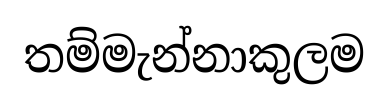
තම්මැන්නාකුලම